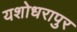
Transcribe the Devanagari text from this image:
यशोधरापुर